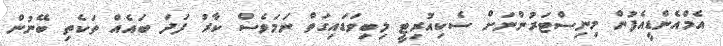
އެމްއެންޑީއެފުން މިނިސްޓަރުންނަށް ސެކިއުރިޓީ ލިބިވަޑައިގަތް ނަމަވެސް ކާރު ފަދަ ބައެއް ތަކެތި ބޭނުން